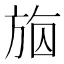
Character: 𣃴